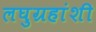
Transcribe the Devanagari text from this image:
लघुग्रहांशी